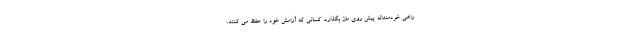
راهی خردمندانه پیش روی مان بگذارد. کسانی که آرامش خود را حفظ می کنند،